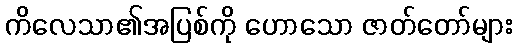
ကိလေသာ၏အပြစ်ကို ဟောသော ဇာတ်တော်များ